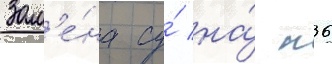
Зам'е́на су́ на́ п36